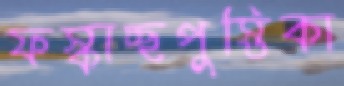
ফস্‌কাচ্ছপুস্তিকা